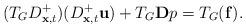
LaTeX: \begin{align*}(T_G D_{{\bf x},t}^+)(D_{{\bf x},t}^+ {\bf u}) + T_G {\bf D} p = T_G ({\bf f}).\end{align*}